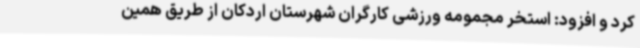
کرد و افزود: استخر مجمومه ورزشی کارگران شهرستان اردکان از طریق همین